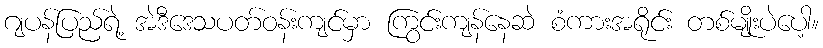
ဂျပန်ပြည်ရဲ့ အဲဒီဒေသပတ်ဝန်းကျင်မှာ ကြွင်းကျန်နေဆဲ စံကားအရိုင်း တစ်မျိုးပဲပေါ့။